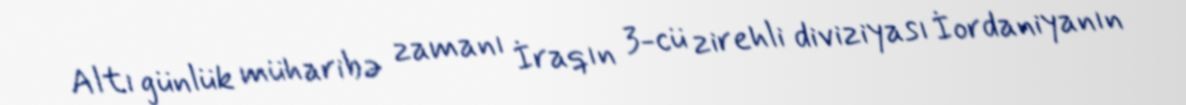
Altı günlük müharibə zamanı İraqın 3-cü zirehli diviziyası İordaniyanın